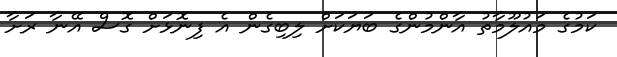
ކަމުގެ މައުލޫމާތު އާންމުންގެ ބަޔަކަށް ލިބިގެން އެ ފިނޮޅަށް ގޮސް އޭނާ ރަށާ